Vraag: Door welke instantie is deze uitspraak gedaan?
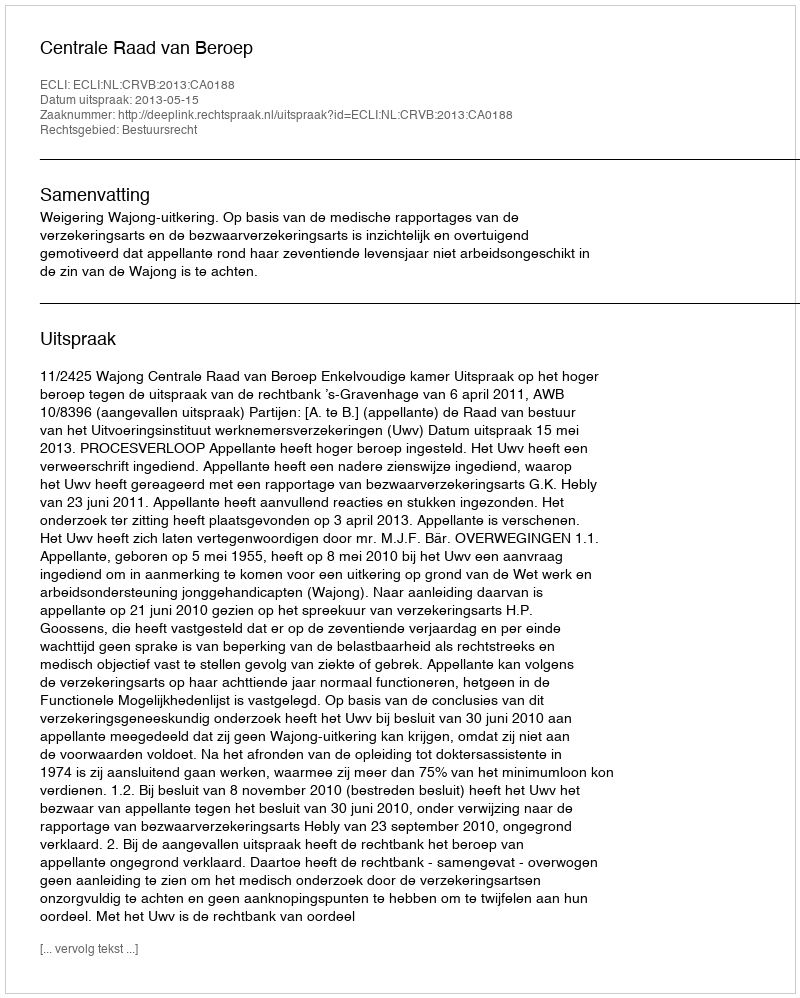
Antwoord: Centrale Raad van Beroep